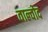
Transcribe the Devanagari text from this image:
वाल्वोद